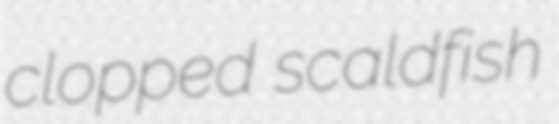
clopped scaldfish